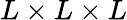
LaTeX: L\times L\times L